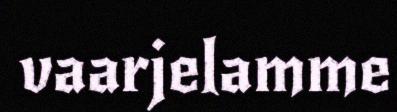
vaarjelamme